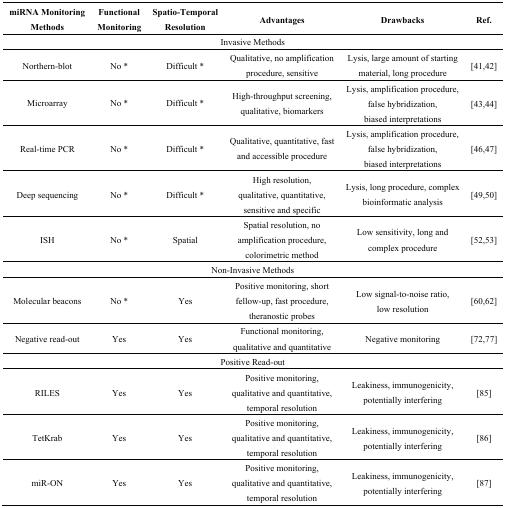
<table><thead><tr><td><b>miRNA Monitoring Methods </b></td><td><b>Functional Monitoring</b></td><td><b>Spatio-Temporal Resolution</b></td><td><b>Advantages</b></td><td><b>Drawbacks</b></td><td><b>Ref.</b></td></tr></thead><tbody><tr><td colspan="6">Invasive Methods</td></tr><tr><td>Northern-blot</td><td>No *</td><td>Difficult *</td><td>Qualitative, no amplification procedure, sensitive</td><td>Lysis, large amount of starting material, long procedure</td><td>[41,42]</td></tr><tr><td>Microarray</td><td>No *</td><td>Difficult *</td><td>High-throughput screening, qualitative, biomarkers</td><td>Lysis, amplification procedure, false hybridization, biased interpretations</td><td>[43,44]</td></tr><tr><td>Real-time PCR</td><td>No *</td><td>Difficult *</td><td>Qualitative, quantitative, fast and accessible procedure</td><td>Lysis, amplification procedure, false hybridization, biased interpretations</td><td>[46,47]</td></tr><tr><td>Deep sequencing</td><td>No *</td><td>Difficult *</td><td>High resolution, qualitative, quantitative, sensitive and specific</td><td>Lysis, long procedure, complex bioinformatic analysis</td><td>[49,50]</td></tr><tr><td>ISH</td><td>No *</td><td>Spatial</td><td>Spatial resolution, no amplification procedure, colorimetric method</td><td>Low sensitivity, long and complex procedure</td><td>[52,53]</td></tr><tr><td colspan="6">Non-Invasive Methods</td></tr><tr><td>Molecular beacons</td><td>No *</td><td>Yes</td><td>Positive monitoring, short fellow-up, fast procedure, theranostic probes</td><td>Low signal-to-noise ratio, low resolution</td><td>[60,62]</td></tr><tr><td>Negative read-out</td><td>Yes</td><td>Yes</td><td>Functional monitoring, qualitative and quantitative</td><td>Negative monitoring</td><td>[72,77]</td></tr><tr><td colspan="6">Positive Read-out</td></tr><tr><td>RILES</td><td>Yes</td><td>Yes</td><td>Positive monitoring, qualitative and quantitative, temporal resolution</td><td>Leakiness, immunogenicity, potentially interfering</td><td>[85]</td></tr><tr><td>TetKrab</td><td>Yes</td><td>Yes</td><td>Positive monitoring, qualitative and quantitative, temporal resolution</td><td>Leakiness, immunogenicity, potentially interfering</td><td>[86]</td></tr><tr><td>miR-ON</td><td>Yes</td><td>Yes</td><td>Positive monitoring, qualitative and quantitative, temporal resolution</td><td>Leakiness, immunogenicity, potentially interfering</td><td>[87]</td></tr></tbody></table>